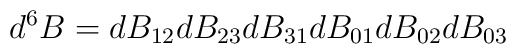
d^6B = dB_{12} dB_{23} dB_{31} dB_{01} dB_{02} dB_{03}